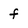
Character: f